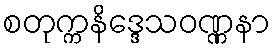
စတုက္ကနိဒ္ဒေသဝဏ္ဏနာ